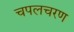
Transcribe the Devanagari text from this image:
चपलचरण